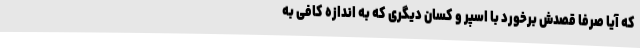
که آیا صرفا قصدش برخورد با اسپر و کسان دیگری که به اندازه کافی به